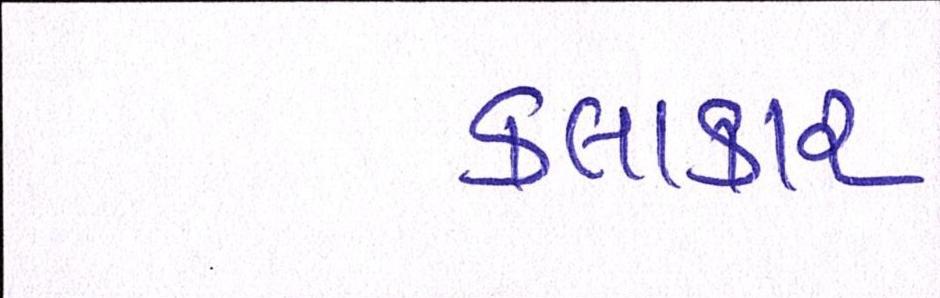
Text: કલાકાર